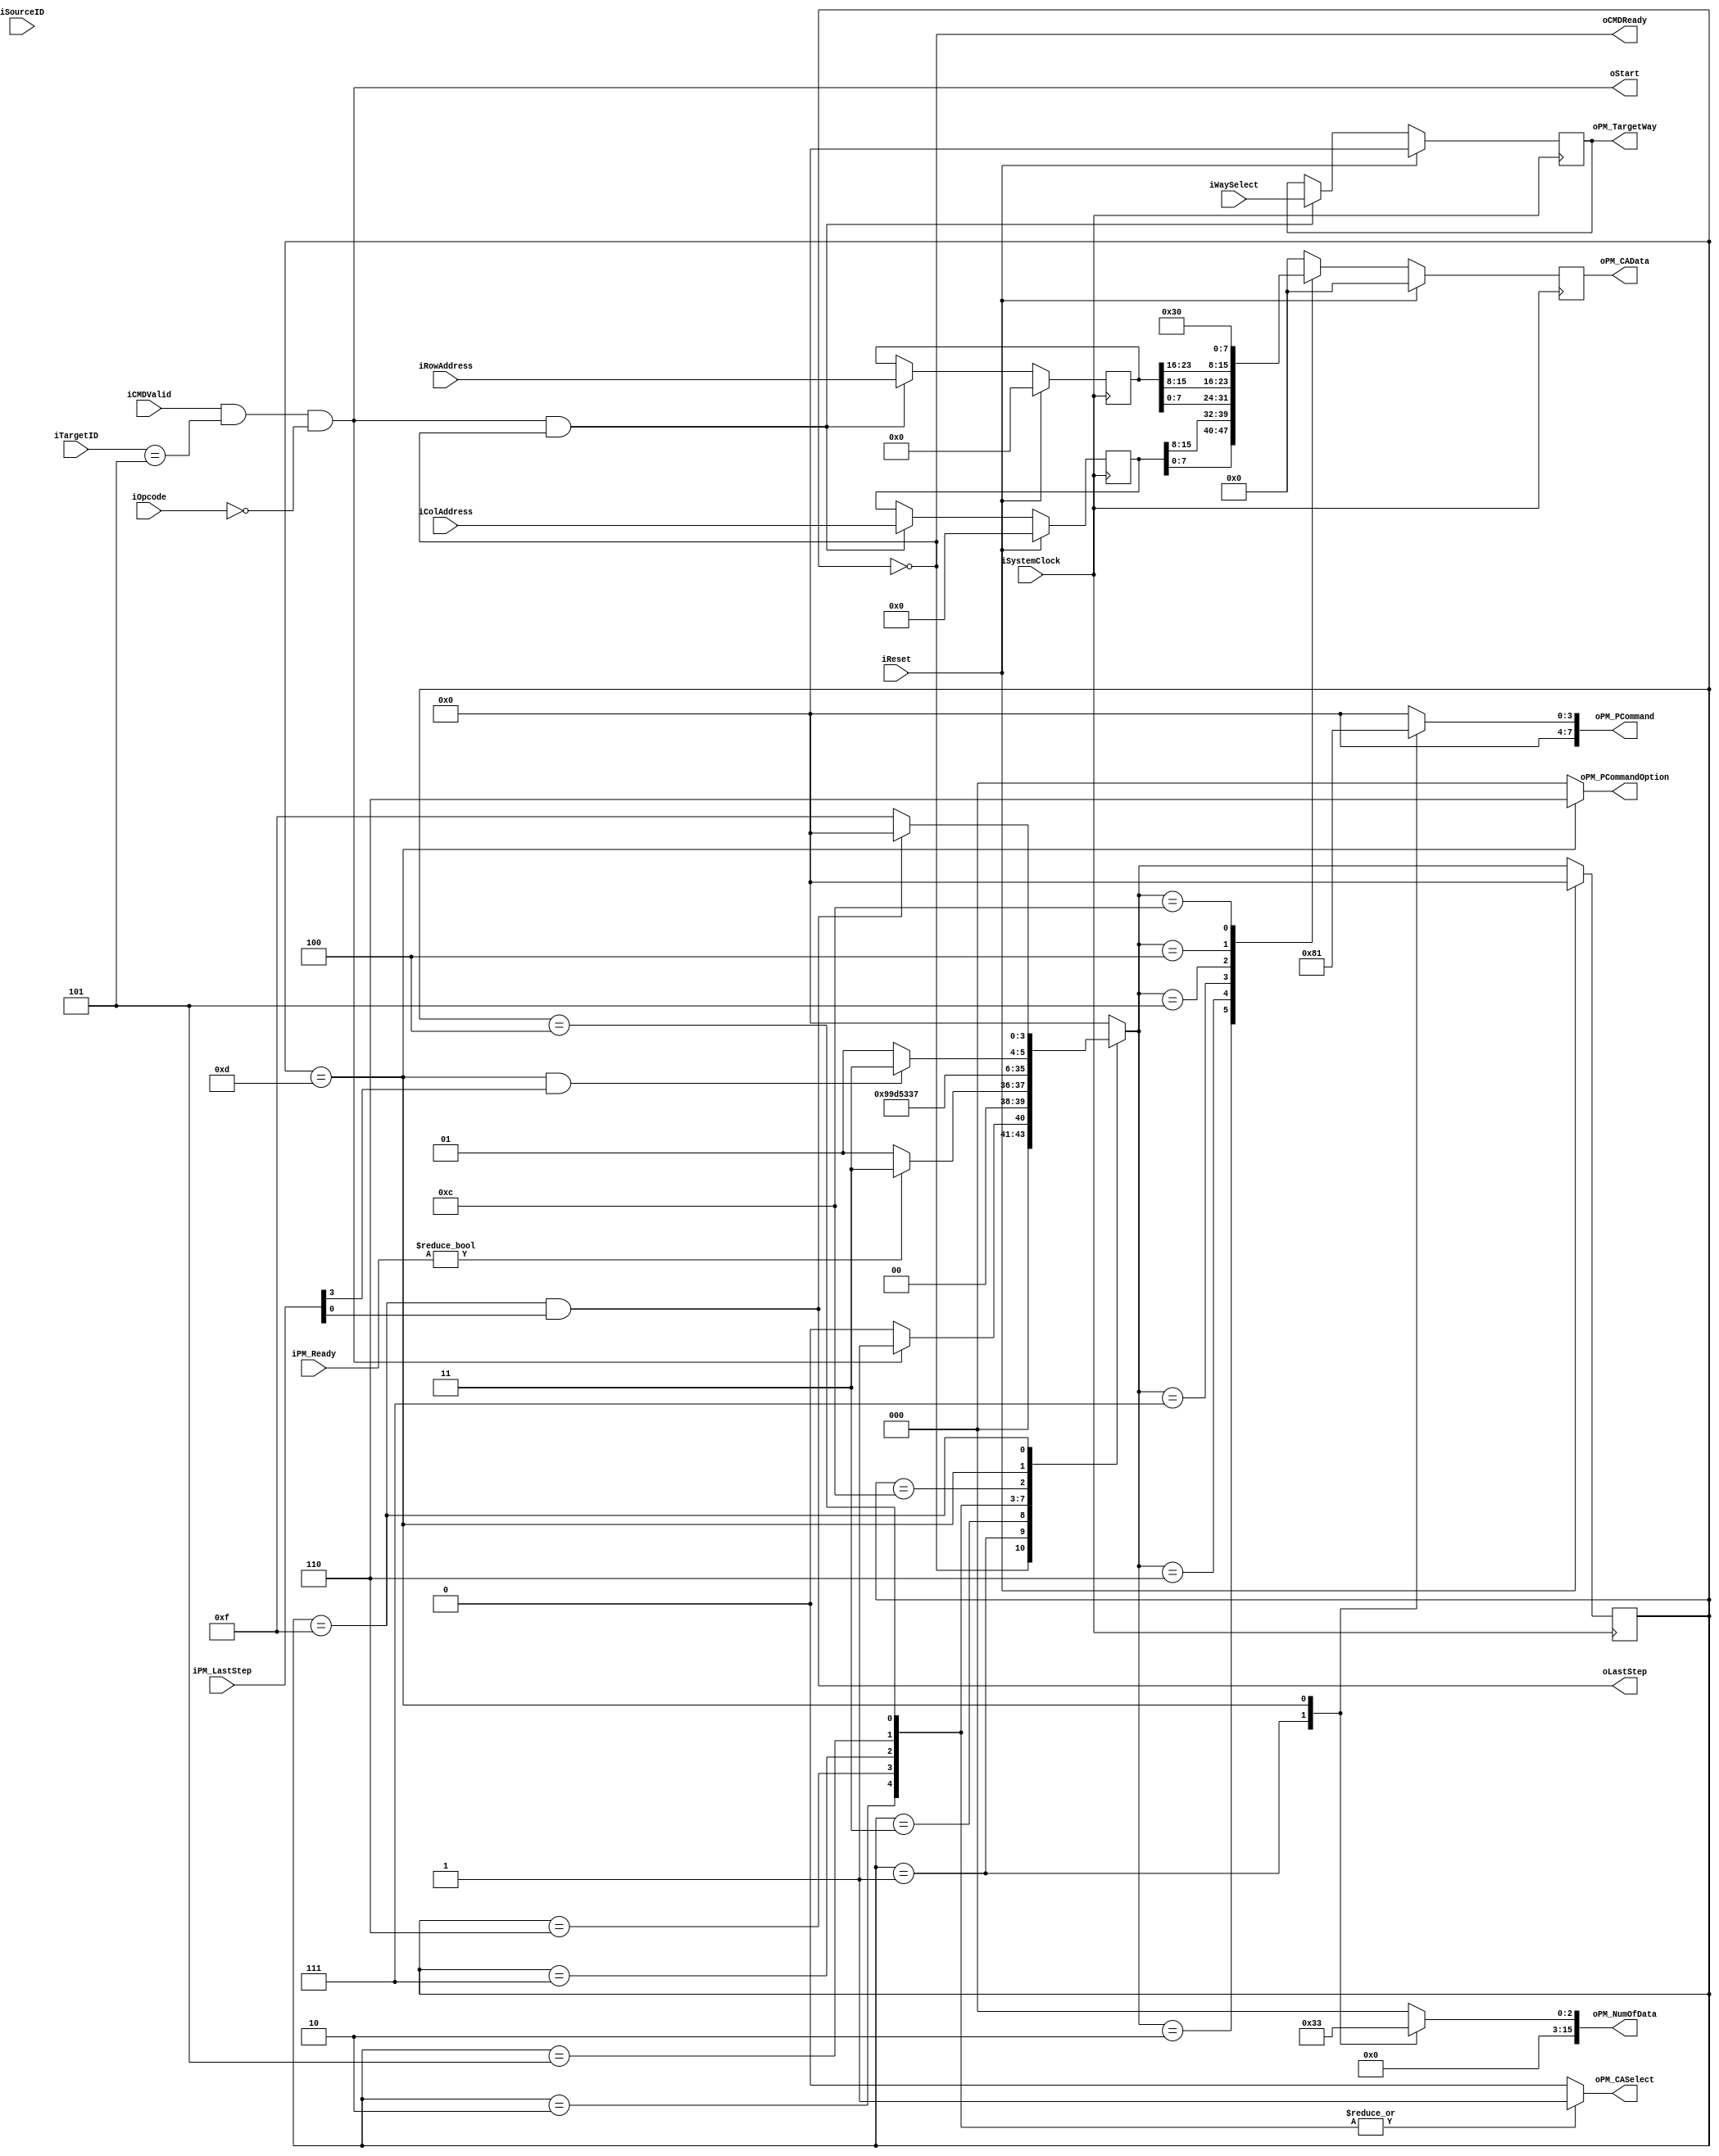
//////////////////////////////////////////////////////////////////////////////////
// NPCG_Toggle_BNC_P_read_AW30h for Cosmos OpenSSD
// Copyright (c) 2015 Hanyang University ENC Lab.
// Contributed by Kibin Park <kbpark@enc.hanyang.ac.kr>
//                Ilyong Jung <iyjung@enc.hanyang.ac.kr>
//                Yong Ho Song <yhsong@enc.hanyang.ac.kr>
//
// This file is part of Cosmos OpenSSD.
//
// Cosmos OpenSSD is free software; you can redistribute it and/or modify
// it under the terms of the GNU General Public License as published by
// the Free Software Foundation; either version 3, or (at your option)
// any later version.
//
// Cosmos OpenSSD is distributed in the hope that it will be useful,
// but WITHOUT ANY WARRANTY; without even the implied warranty of
// MERCHANTABILITY or FITNESS FOR A PARTICULAR PURPOSE.
// See the GNU General Public License for more details.
//
// You should have received a copy of the GNU General Public License
// along with Cosmos OpenSSD; see the file COPYING.
// If not, see <http://www.gnu.org/licenses/>. 
//////////////////////////////////////////////////////////////////////////////////

//////////////////////////////////////////////////////////////////////////////////
// Company: ENC Lab. <http://enc.hanyang.ac.kr>
// 
// Project Name: Cosmos OpenSSD
// Design Name: NPCG_Toggle_BNC_P_read_AW30h
// Module Name: NPCG_Toggle_BNC_P_read_AW30h
//
// Version: v1.0.0
//
// Description: Page read trigger FSM
//
//////////////////////////////////////////////////////////////////////////////////

//////////////////////////////////////////////////////////////////////////////////
// Revision History:
//
// * v1.0.0
//   - first draft
//////////////////////////////////////////////////////////////////////////////////
`timescale 1ns / 1ps

module NPCG_Toggle_BNC_P_read_AW30h
#
(
    parameter NumberOfWays    =   4
)
(
    iSystemClock        ,
    iReset              ,
    iOpcode             ,
    iTargetID           ,
    iSourceID           ,
    iCMDValid           ,
    oCMDReady           ,
    iWaySelect          ,
    iColAddress         ,
    iRowAddress         ,
    oStart              ,
    oLastStep           ,
    iPM_Ready           ,
    iPM_LastStep        ,
    oPM_PCommand        ,
    oPM_PCommandOption  ,
    oPM_TargetWay       ,
    oPM_NumOfData       ,
    oPM_CASelect        ,
    oPM_CAData       
);
    input                           iSystemClock            ;
    input                           iReset                  ;
    input   [5:0]                   iOpcode                 ;
    input   [4:0]                   iTargetID               ;
    input   [4:0]                   iSourceID               ;
    input                           iCMDValid               ;
    output                          oCMDReady               ;
    input   [NumberOfWays - 1:0]    iWaySelect              ;
    input   [15:0]                  iColAddress             ;
    input   [23:0]                  iRowAddress             ;
    output                          oStart                  ;
    output                          oLastStep               ;
    input   [7:0]                   iPM_Ready               ;
    input   [7:0]                   iPM_LastStep            ;
    output  [7:0]                   oPM_PCommand            ;
    output  [2:0]                   oPM_PCommandOption      ;
    output  [NumberOfWays - 1:0]    oPM_TargetWay           ;
    output  [15:0]                  oPM_NumOfData           ;
    output                          oPM_CASelect            ;
    output  [7:0]                   oPM_CAData              ;

    reg [NumberOfWays - 1:0]    rTargetWay  ;
    reg [15:0]                  rColAddress ;
    reg [23:0]                  rRowAddress ;
    wire                        wModuleTriggered;
    wire                        wTMStart    ;
    
    reg [7:0]                   rPMTrigger  ;
    reg [2:0]                   rPCommandOption ;
    reg [15:0]                  rNumOfData  ;
    
    reg [7:0]                   rCAData     ;
    reg                         rPMCommandOrAddress ;

    localparam  State_Idle          = 4'b0000   ;
    localparam  State_NCALIssue     = 4'b0001   ;
    localparam  State_NCmdWrite0    = 4'b0011   ;
    localparam  State_NAddrWrite0   = 4'b0010   ;
    localparam  State_NAddrWrite1   = 4'b0110   ;
    localparam  State_NAddrWrite2   = 4'b0111   ;
    localparam  State_NAddrWrite3   = 4'b0101   ;
    localparam  State_NAddrWrite4   = 4'b0100   ;
    localparam  State_NCmdWrite1    = 4'b1100   ;
    localparam  State_NTMIssue      = 4'b1101   ;
    localparam  State_WaitDone      = 4'b1111   ;
    reg [3:0]   rCurState   ;
    reg [3:0]   rNextState  ;

    always @ (posedge iSystemClock)
        if (iReset)
            rCurState <= State_Idle;
        else
            rCurState <= rNextState;

    always @ (*)
        case (rCurState)
        State_Idle:
            rNextState <= (wModuleTriggered)?State_NCALIssue:State_Idle;
        State_NCALIssue:
            rNextState <= (iPM_Ready)?State_NCmdWrite0:State_NCALIssue;
        State_NCmdWrite0:
            rNextState <= State_NAddrWrite0;
        State_NAddrWrite0:
            rNextState <= State_NAddrWrite1;
        State_NAddrWrite1:
            rNextState <= State_NAddrWrite2;
        State_NAddrWrite2:
            rNextState <= State_NAddrWrite3;
        State_NAddrWrite3:
            rNextState <= State_NAddrWrite4;
        State_NAddrWrite4:
            rNextState <= State_NCmdWrite1;
        State_NCmdWrite1:
            rNextState <= State_NTMIssue;
        State_NTMIssue:
            rNextState <= (wTMStart)?State_WaitDone:State_NTMIssue;
        State_WaitDone:
            rNextState <= (oLastStep)?State_Idle:State_WaitDone;
        default:
            rNextState <= State_Idle;
        endcase
    
    assign wModuleTriggered = (iCMDValid && iTargetID == 5'b00101 && iOpcode == 6'b000000);
    assign wTMStart = (rCurState == State_NTMIssue) & iPM_LastStep[3];
    assign oCMDReady = (rCurState == State_Idle);
    
    always @ (posedge iSystemClock)
        if (iReset)
        begin
            rTargetWay <= {(NumberOfWays){1'b0}};
            rColAddress <= 16'b0;
            rRowAddress <= 24'b0;
        end
        else
            if (wModuleTriggered && (rCurState == State_Idle))
            begin
                rTargetWay  <= iWaySelect   ;
                rColAddress <= iColAddress  ;
                rRowAddress <= iRowAddress  ;
            end
    
    always @ (*)
        case (rCurState)
        State_NCALIssue:
            rPMTrigger <= 8'b00001000;
        State_NTMIssue:
            rPMTrigger <= 8'b00000001;
        default:
            rPMTrigger <= 0;
        endcase
    
    always @ (*)
        case (rCurState)
        State_NTMIssue:
            rPCommandOption[2:0] <= 3'b110;
        default:
            rPCommandOption[2:0] <= 0;
        endcase
    
    always @ (*)
        case (rCurState)
        State_NCALIssue:
            rNumOfData[15:0] <= 16'd6; // 1 cmd + 5 addr + 1 cmd = 7 (=> 6)
        State_NTMIssue:
            rNumOfData[15:0] <= 16'd3; // 40 ns
        default:
            rNumOfData[15:0] <= 0;
        endcase
    
    always @ (*)
        case (rCurState)
        State_NCmdWrite0:
            rPMCommandOrAddress <= 1'b0;
        State_NCmdWrite1:
            rPMCommandOrAddress <= 1'b0;
        State_NAddrWrite0:
            rPMCommandOrAddress <= 1'b1;
        State_NAddrWrite1:
            rPMCommandOrAddress <= 1'b1;
        State_NAddrWrite2:
            rPMCommandOrAddress <= 1'b1;
        State_NAddrWrite3:
            rPMCommandOrAddress <= 1'b1;
        State_NAddrWrite4:
            rPMCommandOrAddress <= 1'b1;
        default:
            rPMCommandOrAddress <= 1'b0;
        endcase
    
    always @ (posedge iSystemClock)
        if (iReset)
            rCAData <= 0;
        else
            case (rNextState)
            State_NCmdWrite0:
                rCAData <= 8'h00;
            State_NAddrWrite0:
                rCAData <= rColAddress[7:0];
            State_NAddrWrite1:
                rCAData <= rColAddress[15:8];
            State_NAddrWrite2:
                rCAData <= rRowAddress[7:0];
            State_NAddrWrite3:
                rCAData <= rRowAddress[15:8];
            State_NAddrWrite4:
                rCAData <= rRowAddress[23:16];
            State_NCmdWrite1:
                rCAData <= 8'h30;
            default:
                rCAData <= 0;
            endcase
    
    assign oStart = wModuleTriggered;
    assign oLastStep            = (rCurState == State_WaitDone) & iPM_LastStep[0];

    assign oPM_PCommand         = rPMTrigger;
    assign oPM_PCommandOption   = rPCommandOption;//1'b0;
    assign oPM_TargetWay        = rTargetWay;
    assign oPM_NumOfData        = rNumOfData; //16'd6;
    assign oPM_CASelect         = rPMCommandOrAddress;
    assign oPM_CAData           = rCAData;

endmodule